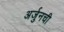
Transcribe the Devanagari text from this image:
अर्जुनची